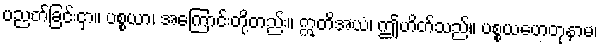
ပညတ်ခြင်းငှာ။ ပစ္စယာ၊ အကြောင်းတို့တည်း။ ဣတိအယံ၊ ဤဟိတ်သည်။ ပစ္စယဟေတုနာမ၊